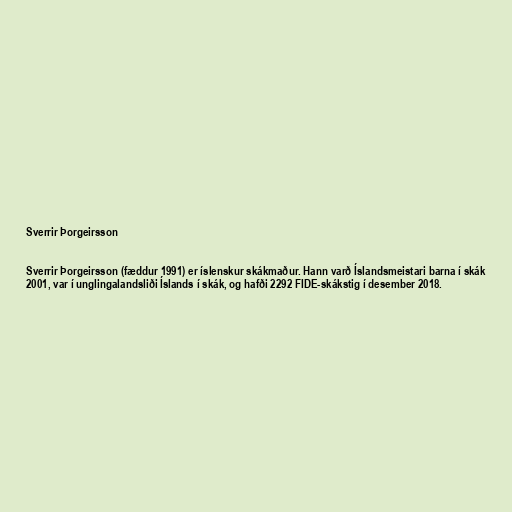
Sverrir Þorgeirsson

Sverrir Þorgeirsson (fæddur 1991) er íslenskur skákmaður. Hann varð Íslandsmeistari barna í skák
2001, var í unglingalandsliði Íslands í skák, og hafði 2292 FIDE-skákstig í desember 2018.